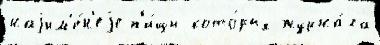
наjим'е́н'еjе п'и́щи кото́рых журна́ла